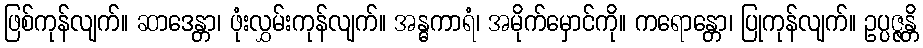
ဖြစ်ကုန်လျက်။ ဆာဒေန္တာ၊ ဖုံးလွှမ်းကုန်လျက်။ အန္ဓကာရံ၊ အမိုက်မှောင်ကို။ ကရောန္တော၊ ပြုကုန်လျက်။ ဥပ္ပဇ္ဇန္တိ